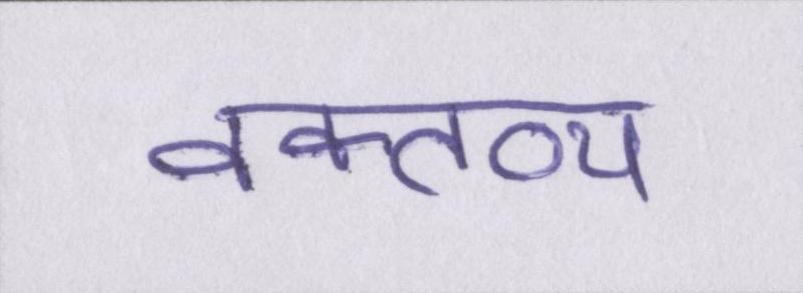
वक्तव्य